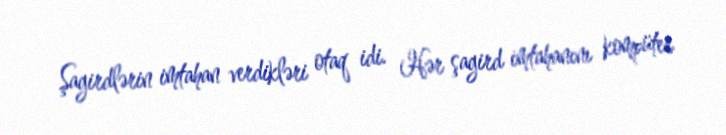
Şagirdlərin imtahan verdikləri otaq idi. Hər şagird imtahanını kompüter